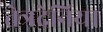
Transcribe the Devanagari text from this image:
तेत्रदेनिया